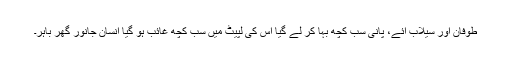
طوفان اور سیلاب آئے، پانی سب کچھ بہا کر لے گیا اس کی لپیٹ میں سب کچھ غائب ہو گیا انسان جانور گھر باہر۔